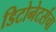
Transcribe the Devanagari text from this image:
डिटोनेटर्सचा